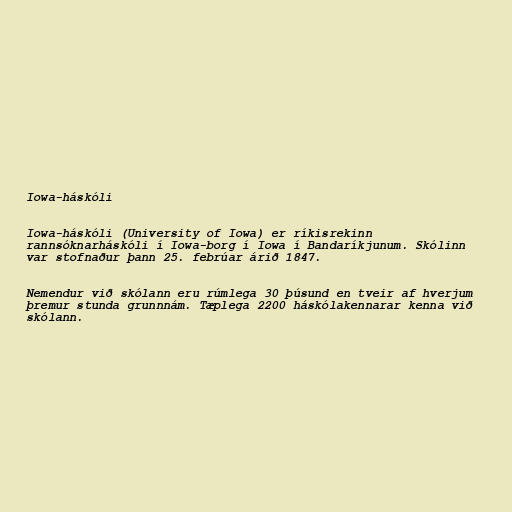
Iowa-háskóli

Iowa-háskóli (University of Iowa) er ríkisrekinn
rannsóknarháskóli í Iowa-borg í Iowa í Bandaríkjunum. Skólinn
var stofnaður þann 25. febrúar árið 1847.

Nemendur við skólann eru rúmlega 30 þúsund en tveir af hverjum
þremur stunda grunnnám. Tæplega 2200 háskólakennarar kenna við
skólann.